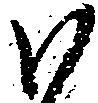
ハ